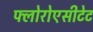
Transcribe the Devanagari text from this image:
फ्लोरोएसीटेट